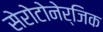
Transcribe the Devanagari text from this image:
सेरोटोनेर्जिक